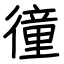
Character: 徸